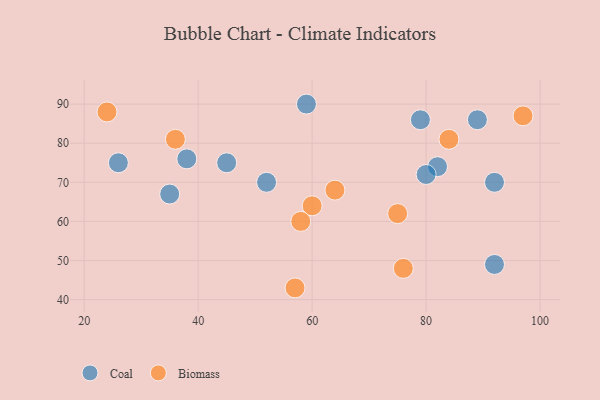
{"axis": {"x": "GDP", "y": "Life Expectancy"}, "legend": ["Biomass", "Coal"], "data": [{"x": "45", "y": 75, "type": "Coal"}, {"x": "82", "y": 74, "type": "Coal"}, {"x": "38", "y": 76, "type": "Coal"}, {"x": "92", "y": 70, "type": "Coal"}, {"x": "92", "y": 49, "type": "Coal"}, {"x": "52", "y": 70, "type": "Coal"}, {"x": "79", "y": 86, "type": "Coal"}, {"x": "35", "y": 67, "type": "Coal"}, {"x": "89", "y": 86, "type": "Coal"}, {"x": "80", "y": 72, "type": "Coal"}, {"x": "26", "y": 75, "type": "Coal"}, {"x": "59", "y": 90, "type": "Coal"}, {"x": "36", "y": 81, "type": "Biomass"}, {"x": "24", "y": 88, "type": "Biomass"}, {"x": "64", "y": 68, "type": "Biomass"}, {"x": "60", "y": 64, "type": "Biomass"}, {"x": "97", "y": 87, "type": "Biomass"}, {"x": "75", "y": 62, "type": "Biomass"}, {"x": "57", "y": 43, "type": "Biomass"}, {"x": "84", "y": 81, "type": "Biomass"}, {"x": "58", "y": 60, "type": "Biomass"}, {"x": "76", "y": 48, "type": "Biomass"}]}